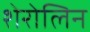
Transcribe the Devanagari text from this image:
शेरोलिन